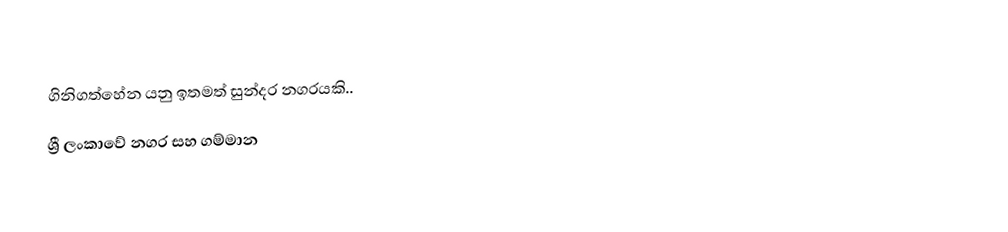
ගිනිගත්හේන යනු ඉතමත් සුන්දර නගරයකි..
ශ්‍රී ලංකාවේ නගර සහ ගම්මාන